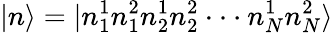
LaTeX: \vert n\rangle=\vert n_{1}^{1}n_{1}^{2}n_{2}^{1}n_{2}^{2}\cdot\cdot\cdot n_{N}^{1}n_{N}^{2}\rangle